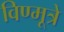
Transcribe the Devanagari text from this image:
विण्मूत्रे